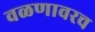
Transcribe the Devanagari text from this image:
वळणावरच